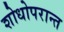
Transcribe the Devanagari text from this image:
शोधोपरान्त